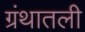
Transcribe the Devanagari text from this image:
ग्रंथातली